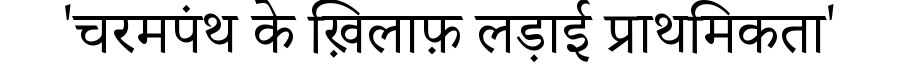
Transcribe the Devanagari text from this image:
'चरमपंथ के ख़िलाफ़ लड़ाई प्राथमिकता'